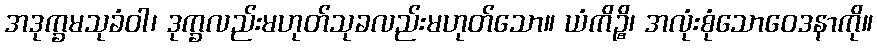
အဒုက္ခမသုခံဝါ၊ ဒုက္ခလည်းမဟုတ်သုခလည်းမဟုတ်သော။ ယံကိဉ္စိ၊ အလုံးစုံသောဝေဒနာကို။